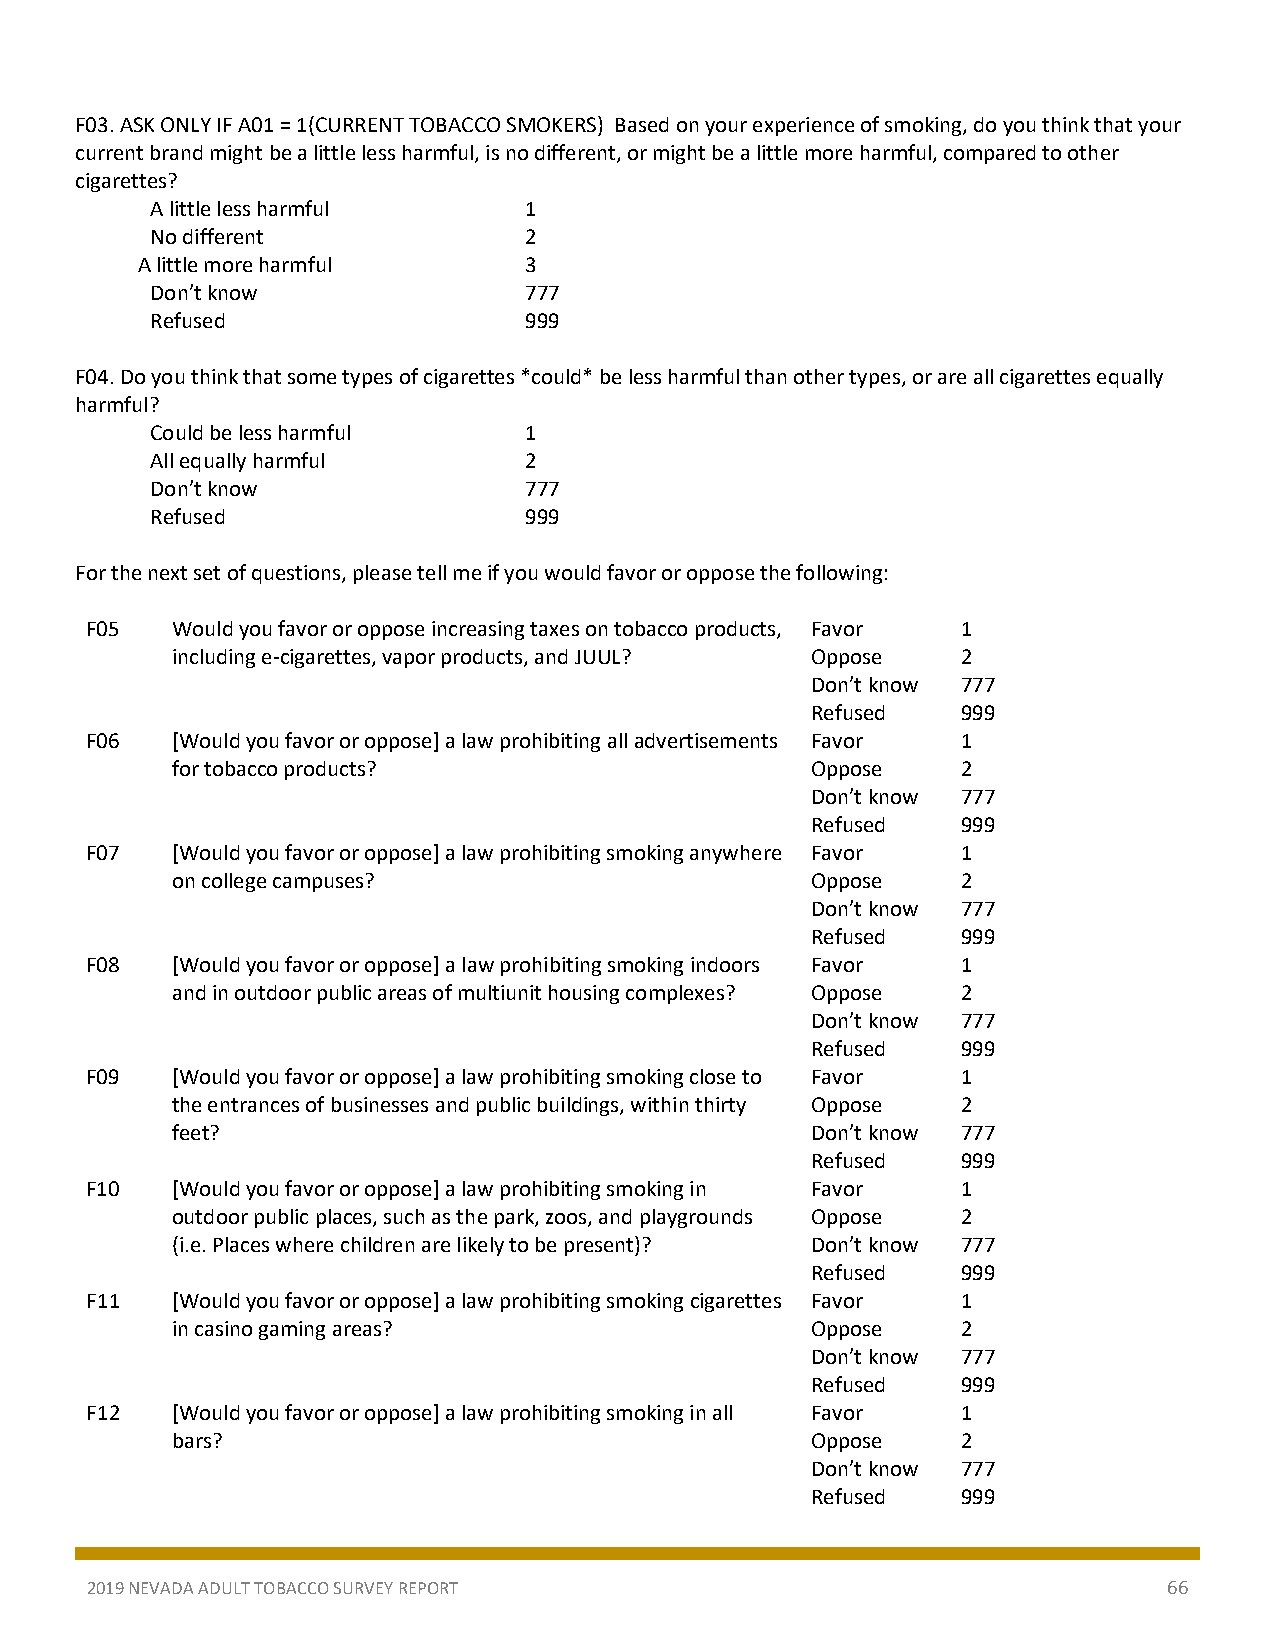
F03. ASK ONLY IF A01 = 1(CURRENT TOBACCO SMOKERS) Based on your experience of smoking, do you think that your
 current brand might be a little less harmful, is no different, or might be a little more harmful, compared to other
 cigarettes?
 A little less harmful    1
 No different             2
 A little more harmful     3
 Don’t know               777
 Refused                  999
 F04. Do you think that some types of cigarettes *could* be less harmful than other types, or are all cigarettes equally
 harmful?
 Could be less harmful    1
 All equally harmful      2
 Don’t know               777
 Refused                  999
 For the next set of questions, please tell me if you would favor or oppose the following:
 F05  Would you favor or oppose increasing taxes on tobacco products, Favor 1
 including e-cigarettes, vapor products, and JUUL? Oppose 2
 Don’t know 777
 Refused   999
 F06  [Would you favor or oppose] a law prohibiting all advertisements Favor 1
 for tobacco products?                      Oppose    2
 Don’t know 777
 Refused   999
 F07  [Would you favor or oppose] a law prohibiting smoking anywhere Favor 1
 on college campuses?                       Oppose    2
 Don’t know 777
 Refused   999
 F08  [Would you favor or oppose] a law prohibiting smoking indoors Favor 1
 and in outdoor public areas of multiunit housing complexes? Oppose 2
 Don’t know 777
 Refused   999
 F09  [Would you favor or oppose] a law prohibiting smoking close to Favor 1
 the entrances of businesses and public buildings, within thirty Oppose 2
 feet?                                      Don’t know 777
 Refused   999
 F10  [Would you favor or oppose] a law prohibiting smoking in Favor 1
 outdoor public places, such as the park, zoos, and playgrounds Oppose 2
 (i.e. Places where children are likely to be present)? Don’t know 777
 Refused   999
 F11  [Would you favor or oppose] a law prohibiting smoking cigarettes Favor 1
 in casino gaming areas?                    Oppose    2
 Don’t know 777
 Refused   999
 F12  [Would you favor or oppose] a law prohibiting smoking in all Favor 1
 bars?                                      Oppose    2
 Don’t know 777
 Refused   999
 2019 NEVADA ADULT TOBACCO SURVEY REPORT                                66